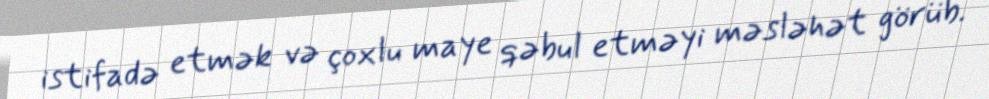
istifadə etmək və çoxlu maye qəbul etməyi məsləhət görüb.